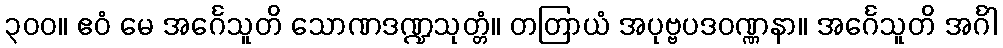
၃၀၀။ ဧဝံ မေ အင်္ဂေသူတိ သောဏဒဏ္ဍသုတ္တံ။ တတြာယံ အပုဗ္ဗပဒဝဏ္ဏနာ။ အင်္ဂေသူတိ အင်္ဂါ